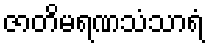
ဇာတိမရဏသံသာရံ